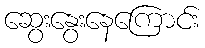
ဆွေးနွေးနေကြောင်း